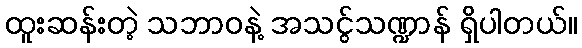
ထူးဆန်းတဲ့ သဘာဝနဲ့ အသငွ်သဏ္ဍာန် ရှိပါတယ်။